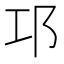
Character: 邛